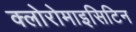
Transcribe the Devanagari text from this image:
क्लोरोमाइसिटिन